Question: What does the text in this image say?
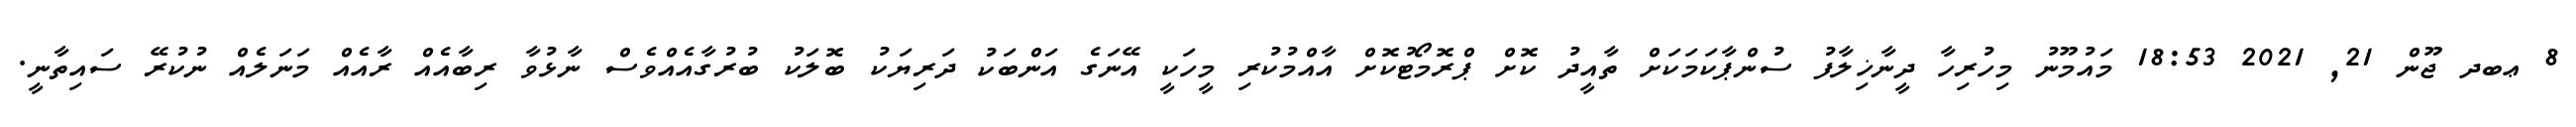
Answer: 8 ޢބދ ޖޫން 21, 2021 18:53 މައުމޫނު މިހުރިހާ ދީނާޚިލާފު ސުންޕާކަމަކަށް ތާއީދު ކޮށް ޕްރޮމޯޓުކޮށް އާއްމުކުރި މީހަކީ އޭނަގެ އަންބަކު ދަރިޔަކު ބޮލަކު ބުރުގާއެއްވެސް ނާޅުވާ ރިބާއެއް ރާއެއް މަނަލެއް ނުކުރޭ ސައިތާނީ.